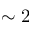
\sim 2